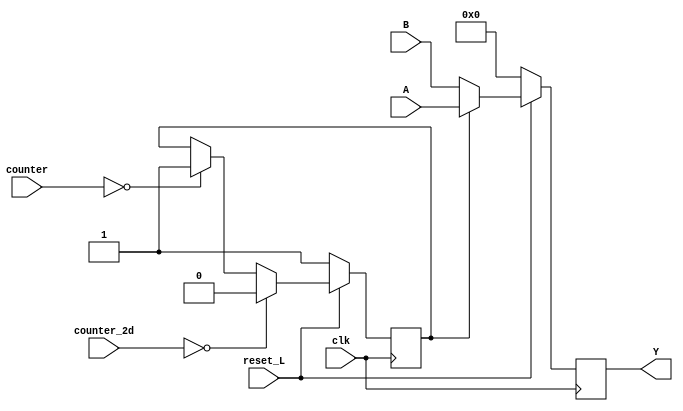
module mux2a1_32b (
    input clk,
    input reset_L,
    input [31:0] A,
    input [31:0] B,
    input [5:0] counter,
    input [5:0] counter_2d,
    output reg [31:0] Y 
);

reg sel;

always @(posedge clk ) begin
    if (reset_L == 0) begin
        Y <= 'h0;
        sel <= 1;
    end 
    else begin
        if (sel == 1) begin
            Y <= A;
        end else begin
            Y <= B;
        end

        if (counter == 0) begin
            sel <= 1;
        end
        if (counter_2d == 0) begin
            sel <= 0;
        end
    end
end
endmodule